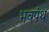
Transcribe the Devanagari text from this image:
भवपंथ